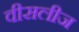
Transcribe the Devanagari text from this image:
वीसलीज